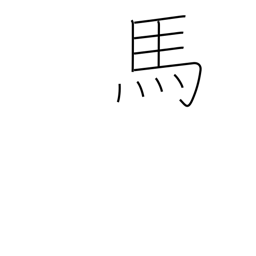
Meaning: horse